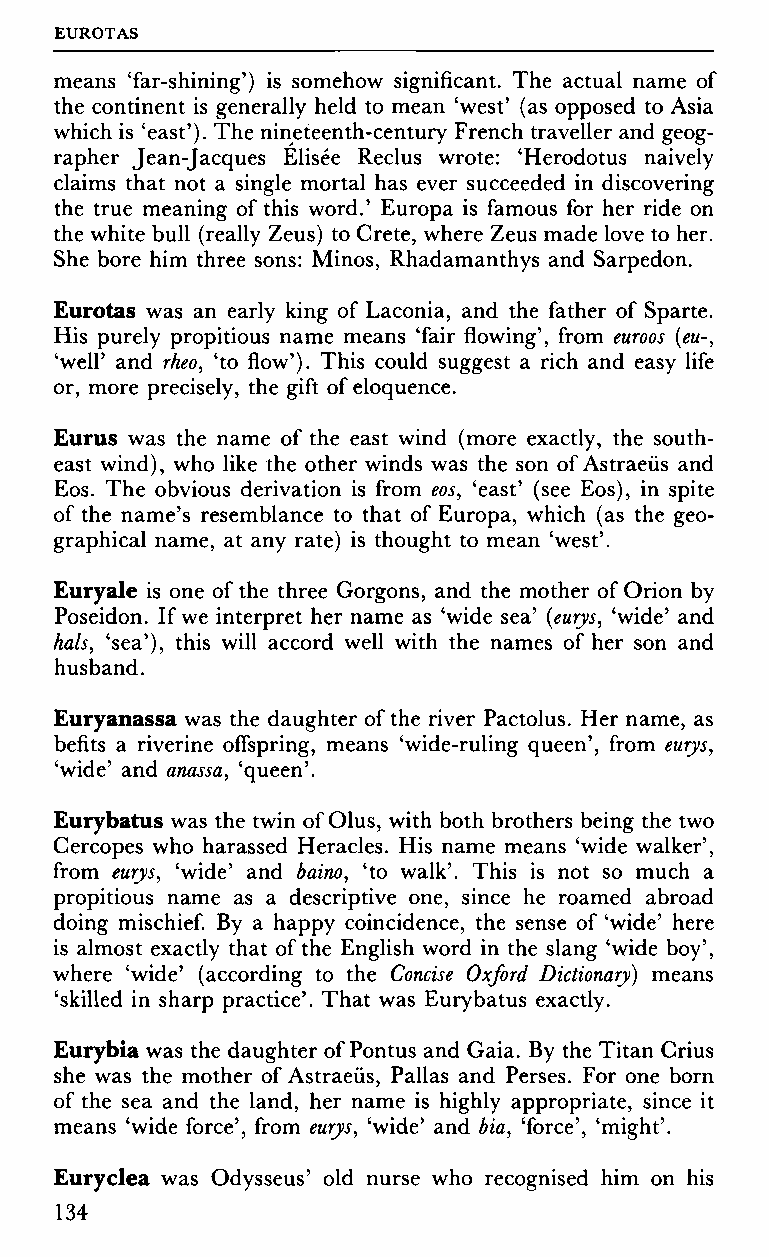
EUROTAS
 means 'far-shining') is somehow significant. The actual name of
 the continent is generally held to mean 'west' (as opposed to Asia
 which is 'east'). The nineteenth-century French traveller and geog
 rapher Jean-Jacques Elisée Reclus wrote: 'Herodotus naively
 claims that not a single mortal has ever succeeded in discovering
 the true meaning of this word.' Europa is famous for her ride on
 the white bull (really Zeus) to Crete, where Zeus made love to her.
 She bore him three sons: Minos, Rhadamanthys and Sarpedon.
 Eurotas was an early king of Laconia, and the father of Sparte.
 His purely propitious name means 'fair flowing', from euroos (eu-,
 'well' and rheo, 'to flow'). This could suggest a rich and easy life
 or, more precisely, the gift of eloquence.
 Eurus was the name of the east wind (more exactly, the south
 east wind), who like the other winds was the son of Astraeüs and
 Eos. The obvious derivation is from eos, 'east' (see Eos), in spite
 of the name's resemblance to that of Europa, which (as the geo
 graphical name, at any rate) is thought to mean 'west'.
 Euryale is one of the three Gorgons, and the mother of Orion by
 Poseidon. If we interpret her name as 'wide sea' (eurys, 'wide' and
 hals, 'sea'), this will accord well with the names of her son and
 husband.
 Euryanassa was the daughter of the river Pactolus. Her name, as
 befits a riverine offspring, means 'wide-ruling queen', from eurys,
 'wide' and anassa, 'queen'.
 Eurybatus was the twin of Olus, with both brothers being the two
 Cercopes who harassed Heracles. His name means 'wide walker',
 from eurys, 'wide' and baino, 'to walk'. This is not so much a
 propitious name as a descriptive one, since he roamed abroad
 doing mischief. By a happy coincidence, the sense of 'wide' here
 is almost exactly that of the English word in the slang 'wide boy',
 where 'wide' (according to the Concise Oxford Dictionary) means
 'skilled in sharp practice'. That was Eurybatus exactly.
 Eurybia was the daughter of Pontus and Gaia. By the Titan Crius
 she was the mother of Astraeüs, Pallas and Perses. For one born
 of the sea and the land, her name is highly appropriate, since it
 means 'wide force', from eurys, 'wide' and bia, 'force', 'might'.
 Euryclea was Odysseus' old nurse who recognised him on his
 134